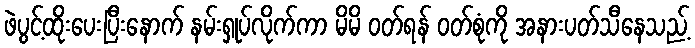
ဖဲပွင့်ထိုးပေးပြီးနောက် နမ်းရှုပ်လိုက်ကာ မိမိ ဝတ်ရန် ဝတ်စုံကို အနားပတ်သီနေသည့်